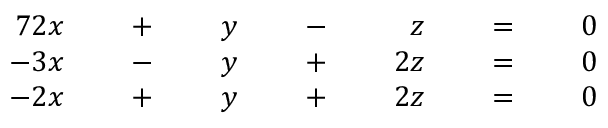
{ \begin{array} { r l r l r l r l r l r l r } { { 7 } 2 x } & { } & { \; + \; } & { } & { y } & { } & { \; - \; } & { } & { z } & { } & { \; = \; } & { } & { 0 } \\ { - 3 x } & { } & { \; - \; } & { } & { y } & { } & { \; + \; } & { } & { 2 z } & { } & { \; = \; } & { } & { 0 } \\ { - 2 x } & { } & { \; + \; } & { } & { y } & { } & { \; + \; } & { } & { 2 z } & { } & { \; = \; } & { } & { 0 } \end{array} }